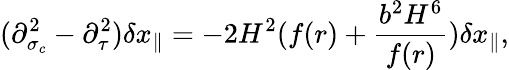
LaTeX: (\partial_{\sigma_{c}}^{2}-\partial_{\tau}^{2})\delta x_{\parallel}=-2H^{2}(f(r)+\frac{b^{2}H^{6}}{f(r)})\delta x_{\parallel},